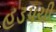
હડપચી